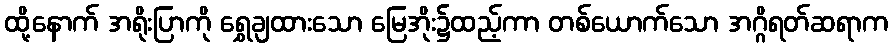
ထို့နောက် အရိုးပြာကို ရွှေချထားသော မြေအိုး၌ထည့်ကာ တစ်ယောက်သော အဂ္ဂိရတ်ဆရာက